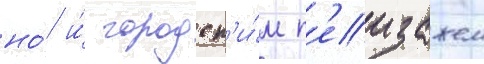
но́ и́ городск'и́м п'еизажем